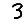
Digit: 3